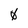
Character: 0